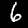
Label: 6